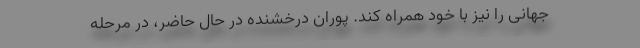
جهانی را نیز با خود همراه کند. پوران درخشنده در حال حاضر، در مرحله